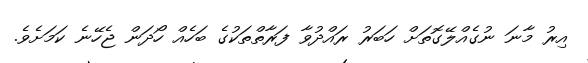
އިރު މާނަ ނުގެއްލޭގޮތަށް ހަބަރު ރައްދުވާ ފަރާތްތަކުގެ ބަހެއް ހޯދަން ޖެހޭނެ ކަމަށެވެ.